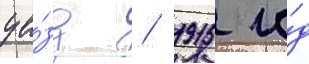
уе́зд / 1915 го́д